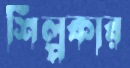
শিল্পকার